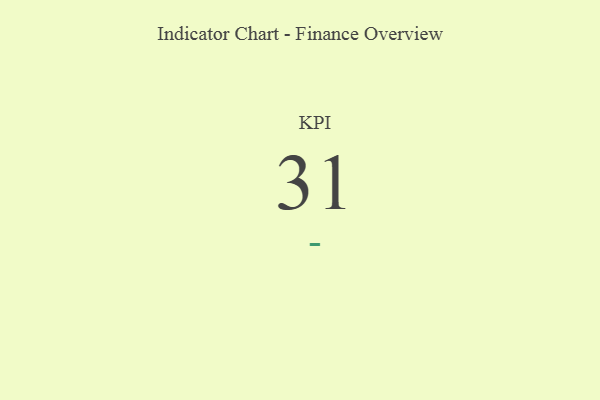
{"axis": {"x": "KPI", "y": "Value"}, "legend": [""], "data": [{"x": "KPI", "y": 31, "type": ""}]}